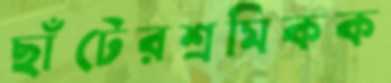
ছাঁটেরশ্রমিকক